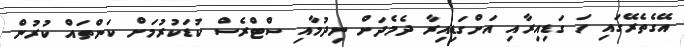
އޭގެތެރޭގައި ހަ ގަޑިއިރާއި އަށްގަޑިއިރާ ދެމެދަށް ނިދުމާއި ސްޓްރެސް ކުޑަކުރުމަށް ކަންތައް ކުރުން